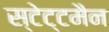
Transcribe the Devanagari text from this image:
स्टेट्टमैन